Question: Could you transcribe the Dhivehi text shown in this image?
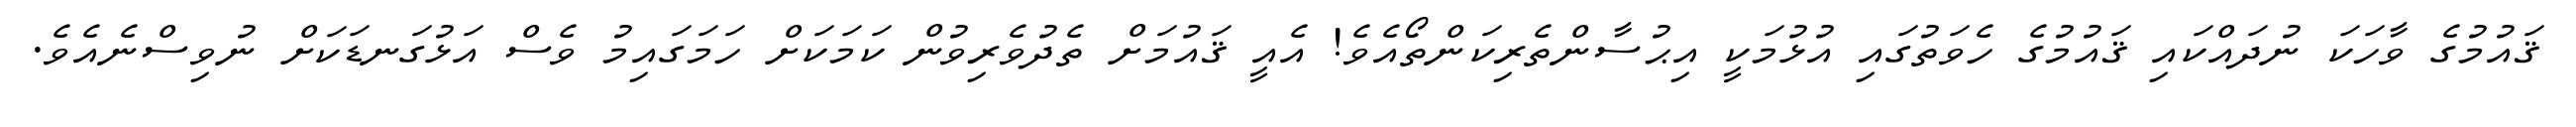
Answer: ޤައުމުގެ ވާހަކަ ނުދައްކައި ޤައުމުގެ ހެވަތުގައި އުޅުމަކީ އިޙުސާންތެރިކަންތޯއެވެ! އެއީ ޤައުމަށް ތެދުވެރިވުން ކަމަކަށް ހަމަގައިމު ވެސް އަޅުގަނޑަކަށް ނުވިސްނެއެވެ.